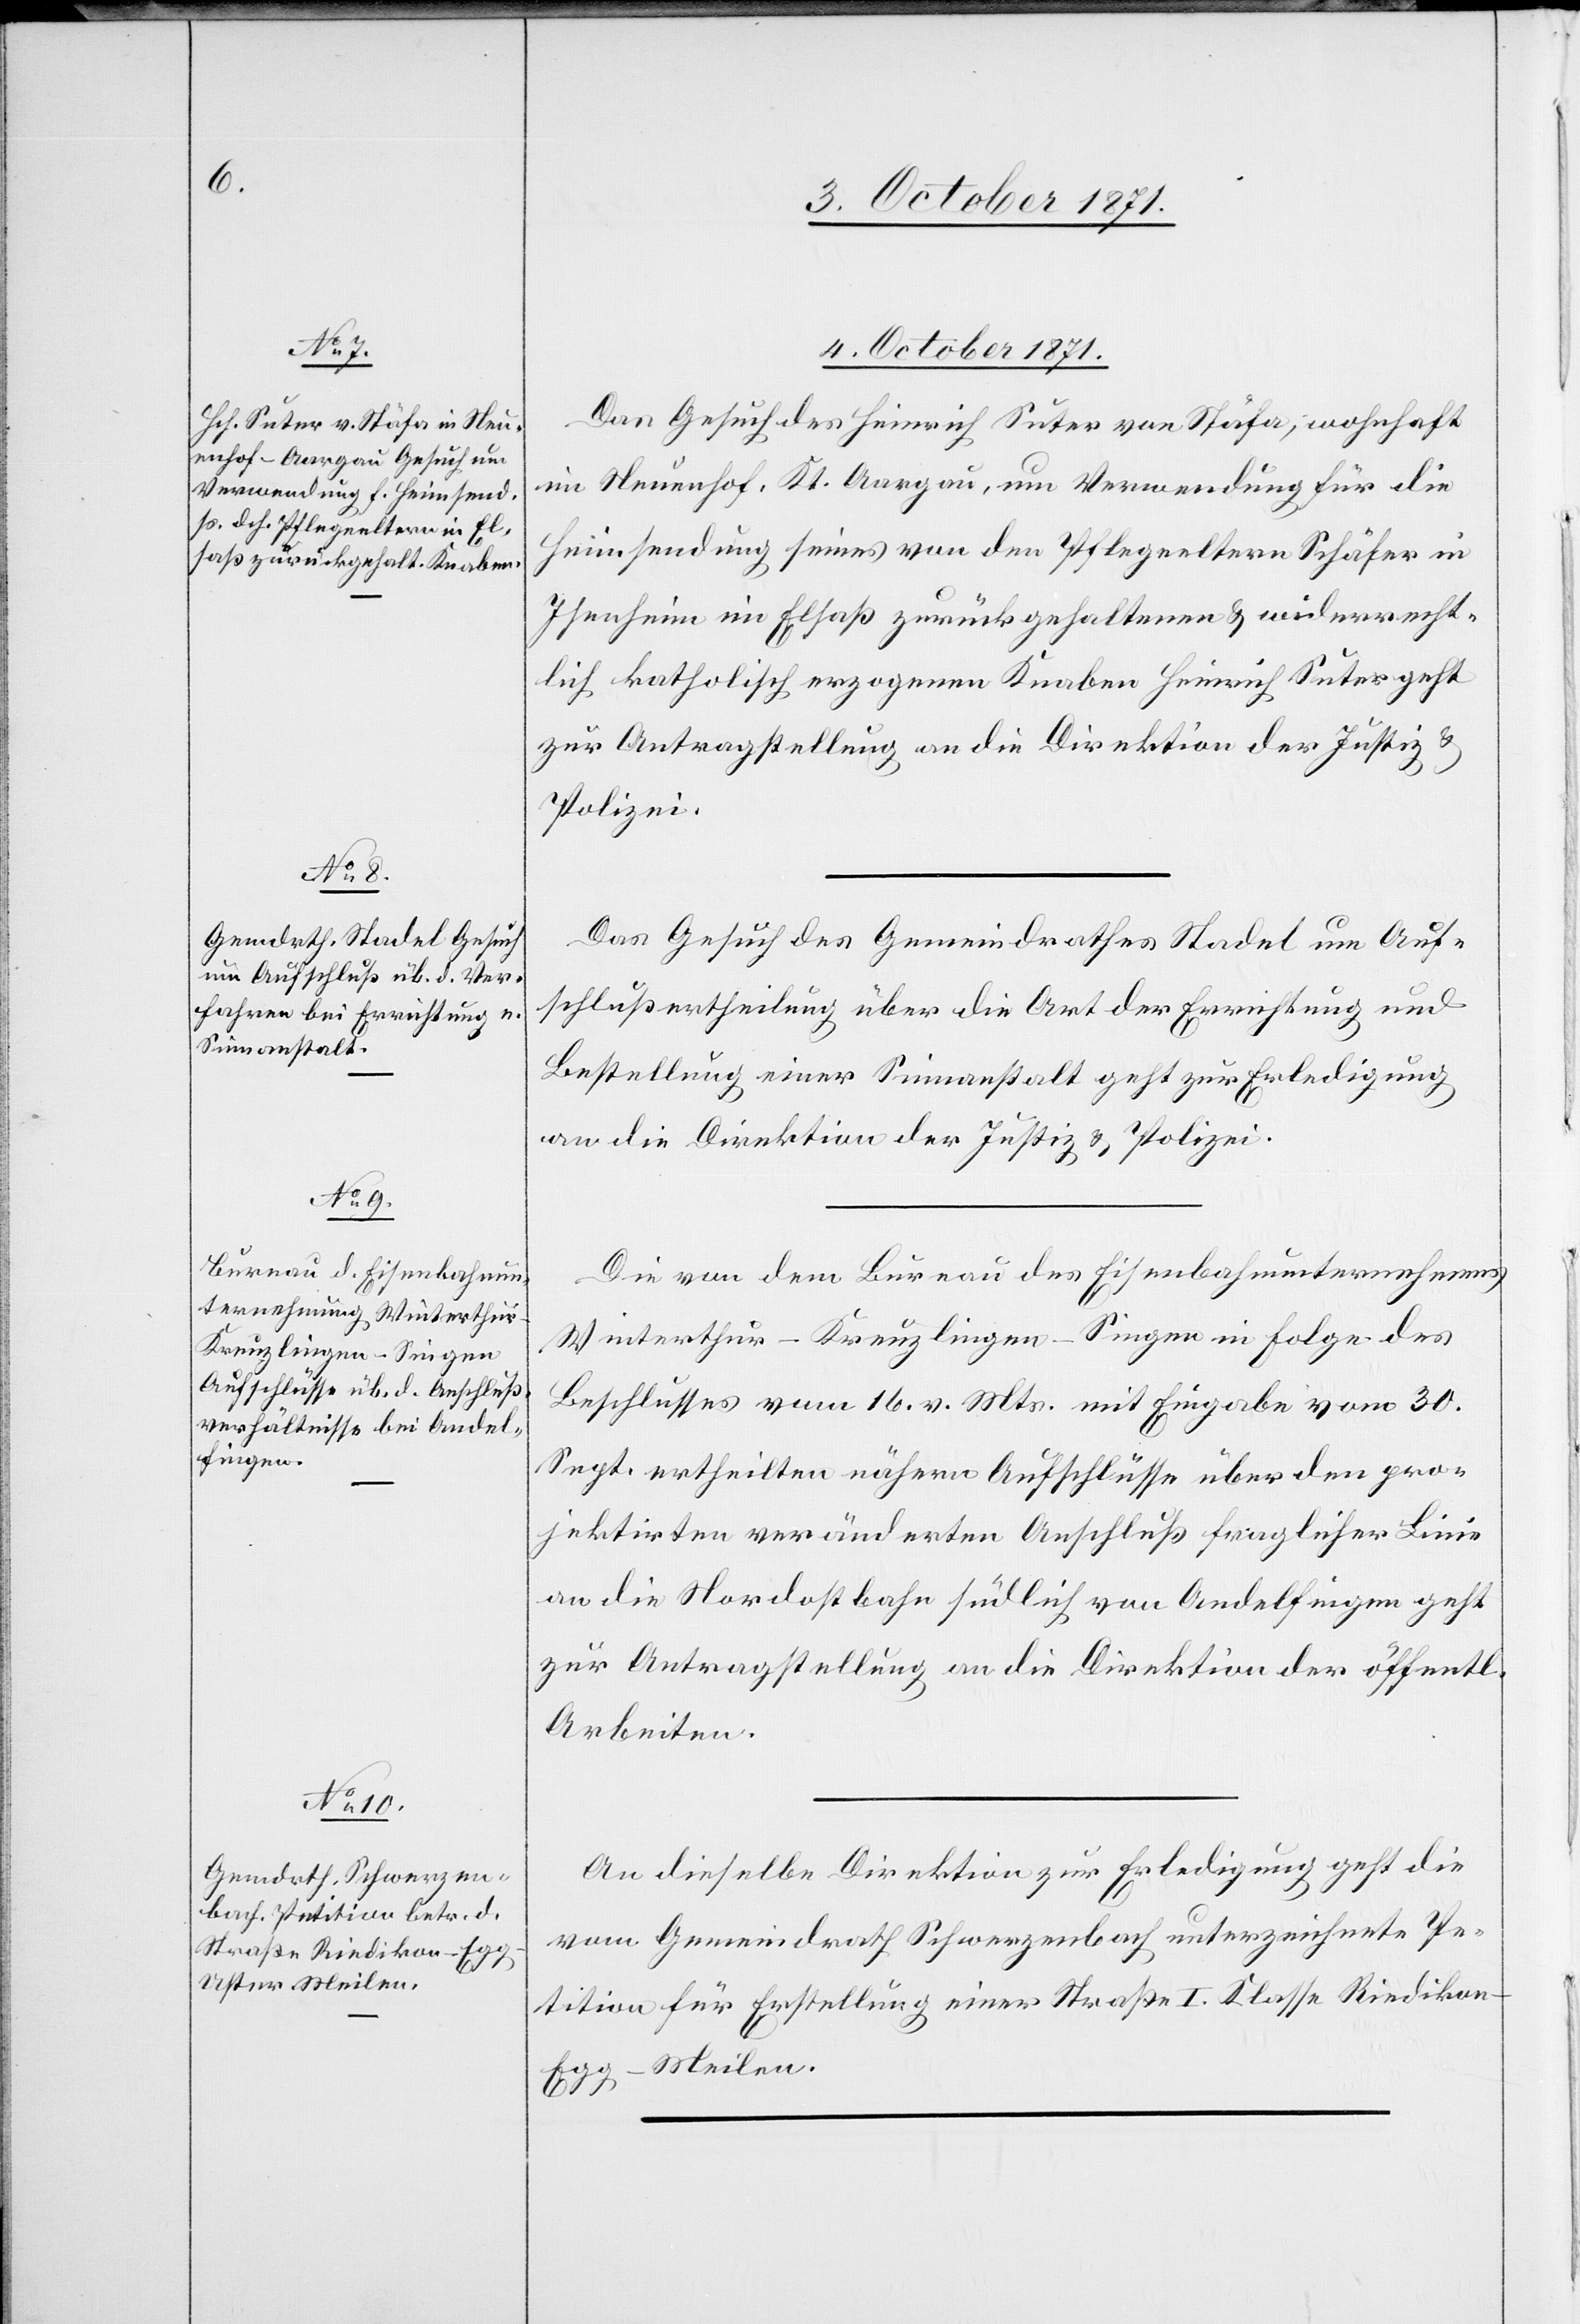
4. October 1871.]
Das Gesuch des Heinrich Suter von Stäfa, wohnhaft
in Neuenhof Kt. Aargau, um Verwendung für die
Heimsendung seines von den Pflegeeltern Schäfer in
Isenheim im Elsaß zurückgehaltenen & widerrecht¬
lich katholisch erzogenen Knaben Heinrich Suter geht
zur Antragstellung an die Direktion der Justiz &
Polizei.
Das Gesuch des Gemeindrathes Stadel um Auf¬
schlußertheilung über die Art der Errichtung und
Bestellung einer Sinnanstalt geht zur Erledigung
an die Direktion der Justiz & Polizei.
Die von dem Bureau der Eisenbahnunternehmung
Winterthur–Kreuzlingen–Singen in Folge des
Beschlusses vom 16. v. Mts. mit Eingabe vom 30.
Sept. ertheilten nähern Aufschlüsse über den pro¬
jektirten veränderten Anschluß fraglicher Linie
an die Nordostbahn südlich von Andelfingen geht
zur Antragstellung an die Direktion der öffentl.
Arbeiten.
An dieselbe Direktion zur Erledigung geht die
vom Gemeindrath Scherzenbach unterzeichnete Pe¬
tition für Erstellung einer Straße I. Klasse Riediko¬
n–Egg–Meilen.